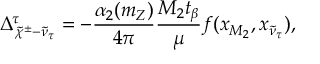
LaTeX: \Delta _ { \widetilde { \chi } ^ { \pm } - \widetilde { \nu } _ { \tau } } ^ { \tau } = - \frac { \alpha _ { 2 } ( m _ { Z } ) } { 4 \pi } \frac { M _ { 2 } t _ { \beta } } { \mu } f ( x _ { M _ { 2 } } , x _ { \widetilde { \nu } _ { \tau } } ) ,